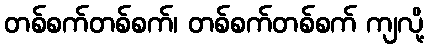
တစ်စက်တစ်စက်၊ တစ်စက်တစ်စက် ကျလို့